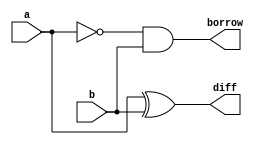
module hs(diff,borrow,a,b);
output diff,borrow;
input a,b;
wire an;
not(an,a);
xor(diff,a,b);
and(borrow,an,b);
endmodule